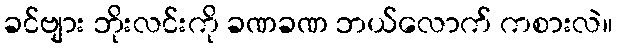
ခင်ဗျား ဘိုးလင်းကို ခဏခဏ ဘယ်လောက် ကစားလဲ။